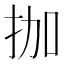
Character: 拁